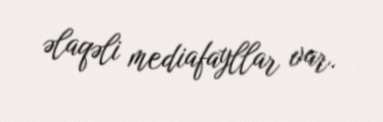
əlaqəli mediafayllar var.